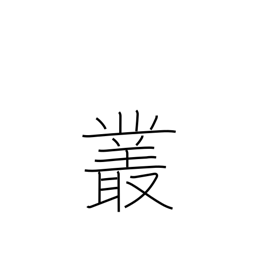
Meaning: plexus